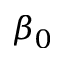
\beta _ { 0 }